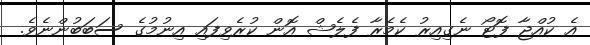
އެ ކުއްޖާ ފޮޓޯ ނެގިއިރު ކެމެރާ ފެލެޝް އޮން ކުރެވިފައި އިނުމުގެ ސަބަބުންނެވެ.